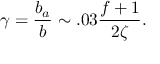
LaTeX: \gamma = \frac { b _ { a } } { b } \sim . 0 3 \frac { f + 1 } { 2 \zeta } .